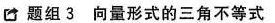
□题组3向量形式的三角不等式